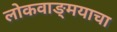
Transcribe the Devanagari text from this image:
लोकवाङ्मयाचा